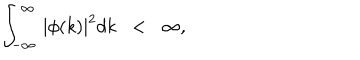
LaTeX: \int _ { - \infty } ^ { \infty } \, | \phi ( k ) | ^ { 2 } d k \; \; < \; \; \infty ,